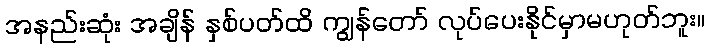
အနည်းဆုံး အချိန် နှစ်ပတ်ထိ ကျွန်တော် လုပ်ပေးနိုင်မှာမဟုတ်ဘူး။